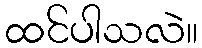
ထင်ပါသလဲ။